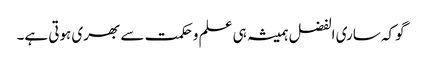
گوکہ ساری الفضل ہمیشہ ہی علم وحکمت سے بھری ہوتی ہے۔